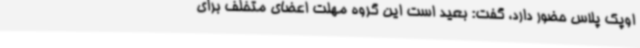
اوپک پلاس حضور دارد، گفت: بعید است این گروه مهلت اعضای متخلف برای